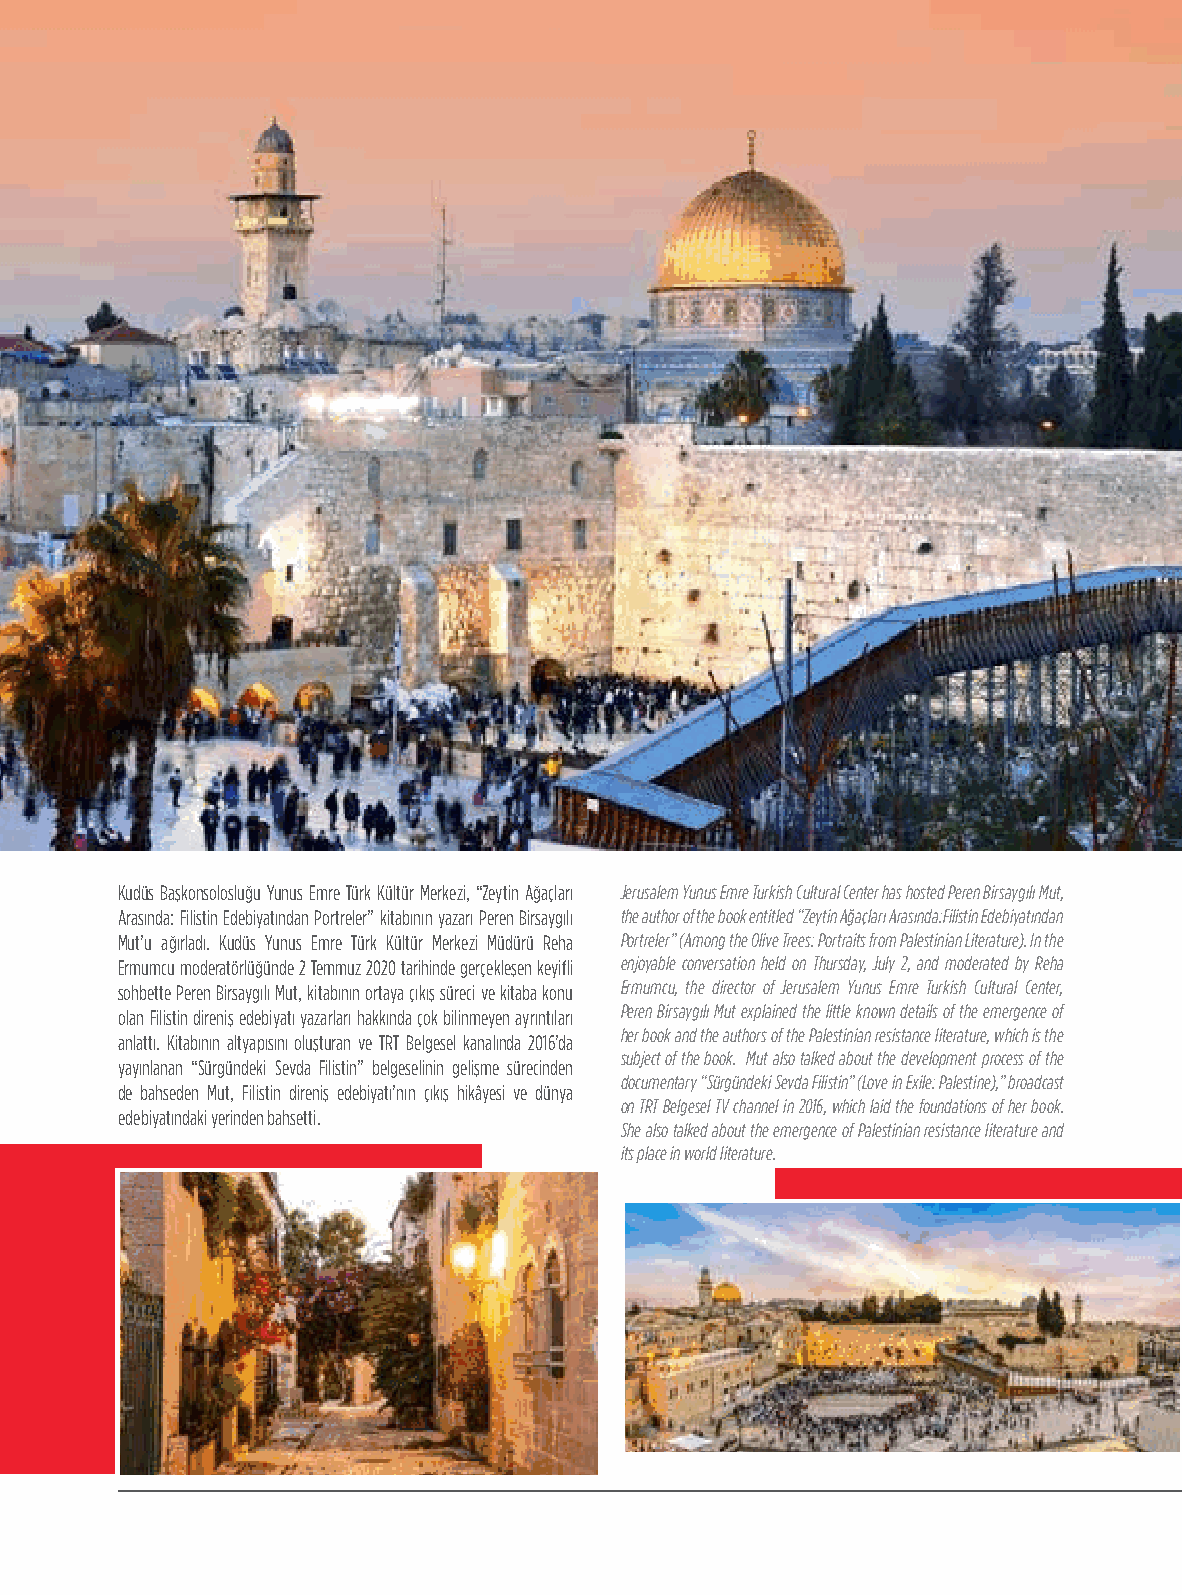
88
 Türkiye’nin Kültür Dergisi / Turkey’s Culture Magazine
 Kudüs Başkonsolosluğu Yunus Emre Türk Kültür Merkezi, “Zeytin Ağaçları Jerusalem Yunus Emre Turkish Cultural Center has hosted Peren Birsaygılı Mut,
 Arasında: Filistin Edebiyatından Portreler” kitabının yazarı Peren Birsaygılı the author of the book entitled “Zeytin Ağaçları Arasında:Filistin Edebiyatından
 Mut’u ağırladı. Kudüs Yunus Emre Türk Kültür Merkezi Müdürü Reha Portreler” (Among the Olive Trees: Portraits from Palestinian Literature). In the
 Ermumcu moderatörlüğünde 2 Temmuz 2020 tarihinde gerçekleşen keyifli enjoyable conversation held on Thursday, July 2, and moderated by Reha
 sohbette Peren Birsaygılı Mut, kitabının ortaya çıkış süreci ve kitaba konu Ermumcu, the director of Jerusalem Yunus Emre Turkish Cultural Center,
 Peren Birsaygılı Mut explained the little known details of the emergence of
 olan Filistin direniş edebiyatı yazarları hakkında çok bilinmeyen ayrıntıları
 her book and the authors of the Palestinian resistance literature, which is the
 anlattı. Kitabının altyapısını oluşturan ve TRT Belgesel kanalında 2016’da
 subject of the book. Mut also talked about the development process of the
 yayınlanan “Sürgündeki Sevda Filistin” belgeselinin gelişme sürecinden
 documentary “Sürgündeki Sevda Filistin” (Love in Exile: Palestine),” broadcast
 de bahseden Mut, Filistin direniş edebiyatı’nın çıkış hikâyesi ve dünya
 on TRT Belgesel TV channel in 2016, which laid the foundations of her book.
 edebiyatındaki yerinden bahsetti.
 She also talked about the emergence of Palestinian resistance literature and
 its place in world literature.